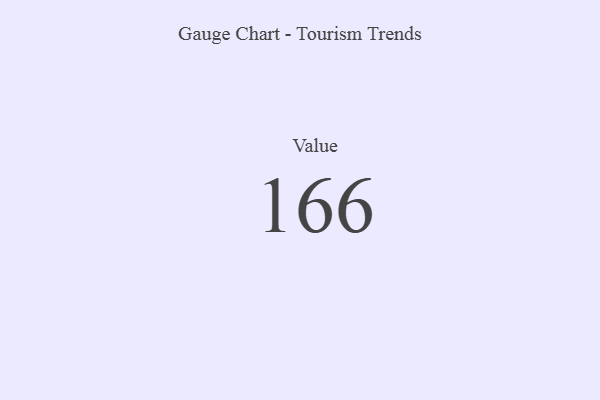
{"axis": {"x": "Metric", "y": "Value"}, "legend": [""], "data": [{"x": "Value", "y": 166, "type": ""}]}